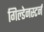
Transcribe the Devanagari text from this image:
गिल्डेनस्टर्न